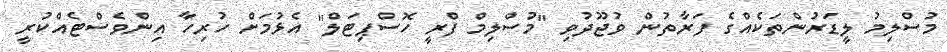
މުސްލިމު ލީޑަރުންތަކެއްގެ ފަރާތުން ވުޖޫދުވި "މުސްލިމް ފްރީ ހޮސްޕިޓަލް" އެޅުމަށް ހުރިހާ އިންވެސްޓެއްކުރީ